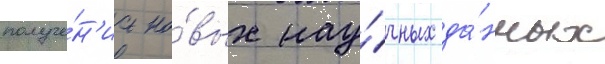
получе́н'иа но́вых нау́чных да́нных